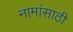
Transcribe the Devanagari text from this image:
नामांसाठी